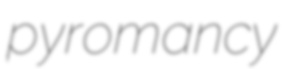
pyromancy